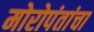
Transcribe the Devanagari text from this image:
मोरोपंतांचा